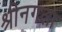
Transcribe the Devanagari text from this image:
श्रीनगला